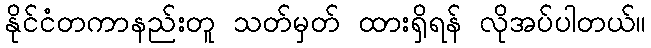
နိုင်ငံတကာနည်းတူ သတ်မှတ် ထားရှိရန် လိုအပ်ပါတယ်။